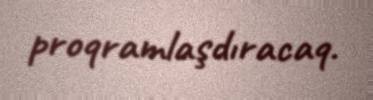
proqramlaşdıracaq.